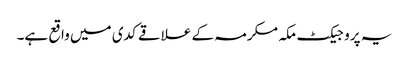
یہ پروجیکٹ مکہ مکرمہ کے علاقے کدی میں واقع ہے۔